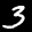
Label: 3